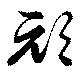
頑